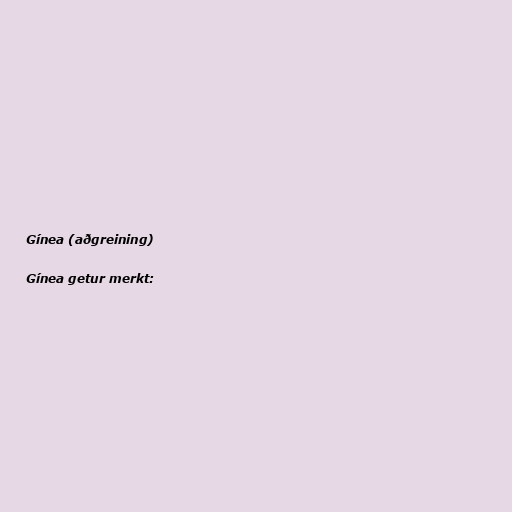
Gínea (aðgreining)

Gínea getur merkt: